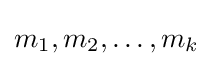
m_{1},m_{2},\dots ,m_{k}